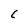
Character: L